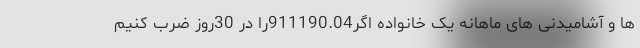
ها و آشامیدنی های ماهانه یک خانواده اگر911190.04را در 30روز ضرب کنیم